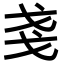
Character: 戔